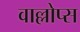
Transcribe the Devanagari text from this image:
वाल्लोप्स